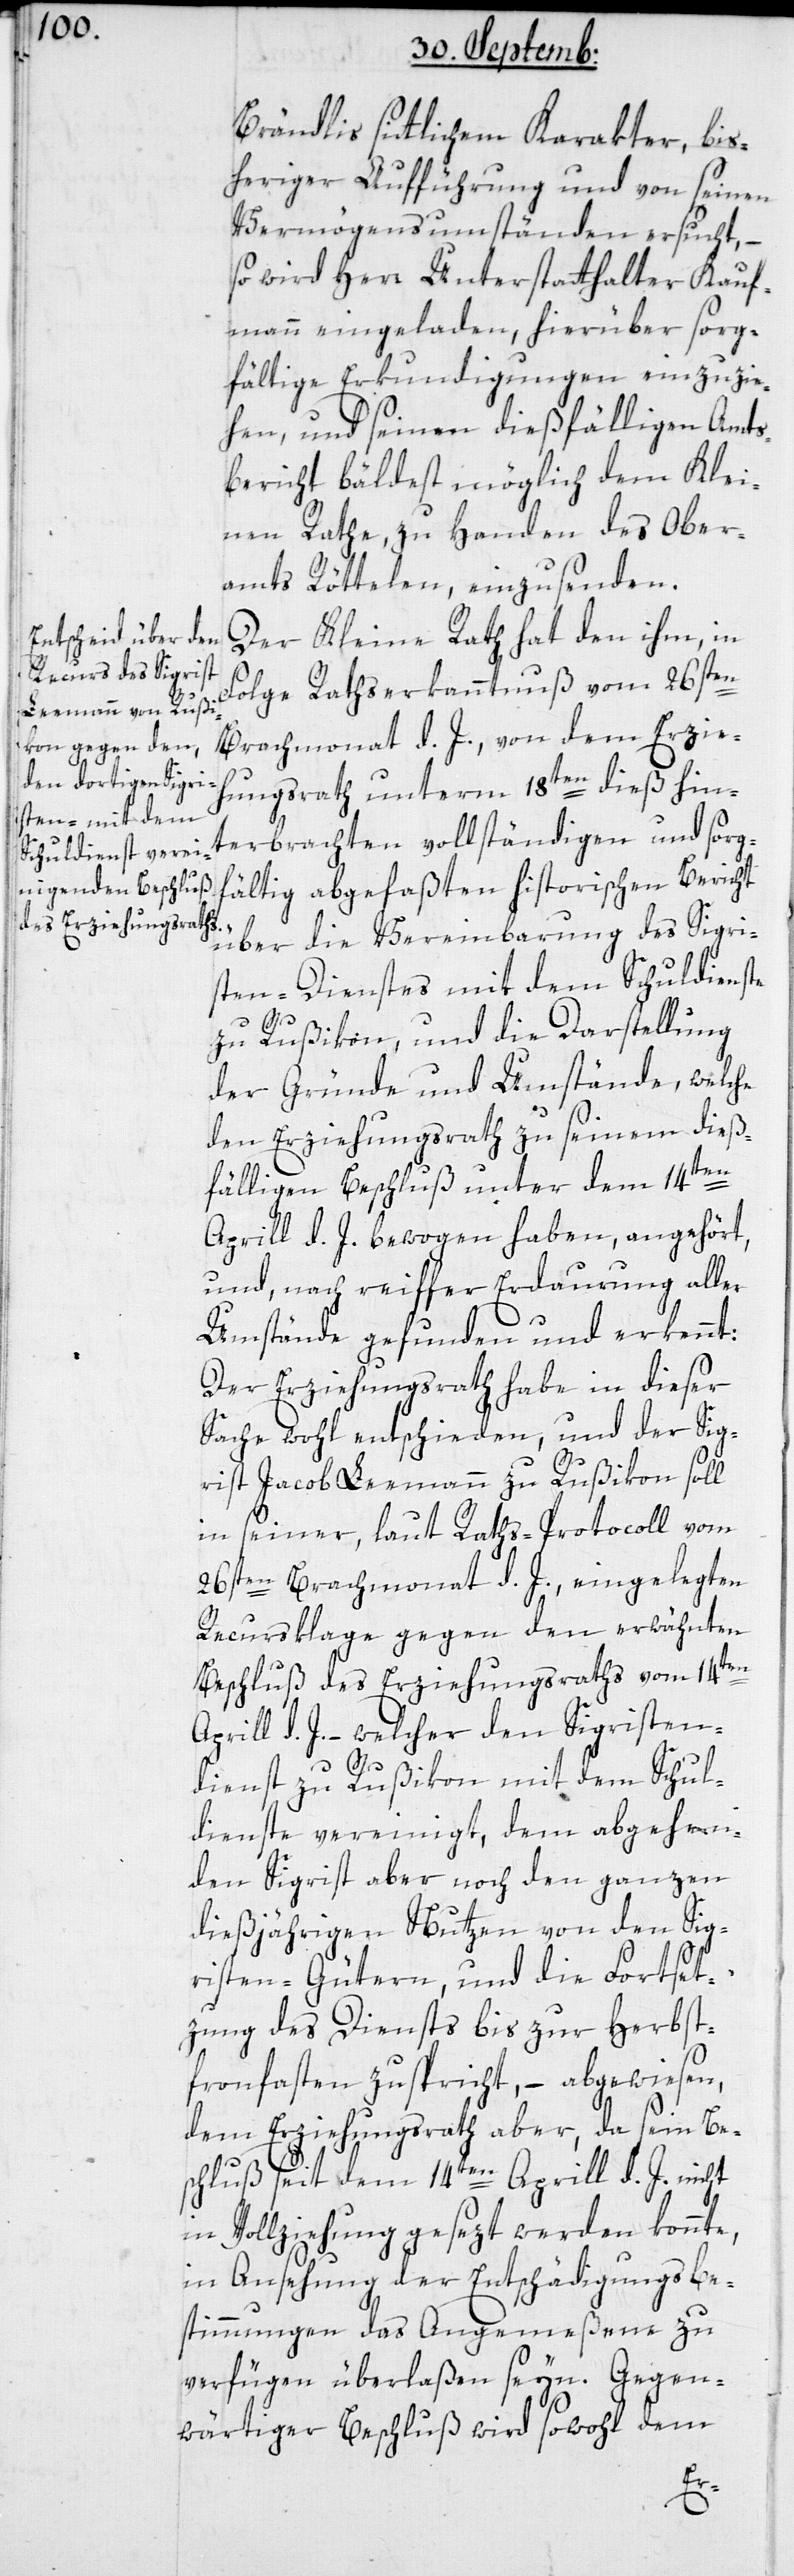
Brändlis sittlichem Charakter, bis¬
heriger Aufführung und von seinen
Vermögensumständen ersucht, –
so wird Herr Unterstatthalter Kauf¬
mann eingeladen, hierüber sorg¬
fältige Erkundigungen einzuzie¬
hen, und seinen dießfälligen Amts¬
bericht bäldest möglich dem Klei¬
nen Rathe zu Handen des Ober¬
amts Röttelen einzusenden.
Der Kleine Rath hat den ihm, in
Folge Rathserkanntnuß vom 26sten
Brachmonat d. J. von dem Erzieh¬
ungsrath unterm 18ten dieß hin¬
terbrachten vollständigen und sorg¬
fältig abgefaßten historischen Bericht
über die Vereinbarung des Sigri¬
sten-Dienstes mit dem Schuldienste
zu Rußikon, und die Darstellung
der Gründe und Umstände, welche
den Erziehungsrath zu seinem dieß¬
fälligen Beschluß unter dem 14ten
Aprill d. J. bewogen haben, angehört,
und nach reiffer Erdaurung aller
Umstände gefunden und erkennt:
Der Erziehungsrath habe in dieser
Sache wohl entschieden, und der Sig¬
rist Jacob Leemann zu Rußikon soll
in seiner, laut Raths-Protocoll vom
26sten Brachmonat d. J., eingelegten
Recursklage gegen den erwähnten
Beschluß des Erziehungsraths vom 14ten
Aprill d. J., welcher den Sigristen¬
dienst zu Rußikon mit dem Schul¬
dienste vereinigt, dem abgehen¬
den Sigrist aber noch den ganzen
dießjährigen Nutzen von den Sig¬
risten-Gütern, und die Fortset¬
zung des Diensts bis zur Herbst¬
fronfasten zuspricht, – abgewiesen,
dem Erziehungsrath aber, da sein Be¬
schluß seit dem 14ten Aprill d. J. nicht
in Vollziehung gesezt werden konnte,
in Ansehung der Entschädigungsbe¬
stimmungen das Angemeßene zu
verfügen überlaßen seyn. Gegen¬
wärtiger Beschluß wird sowohl dem